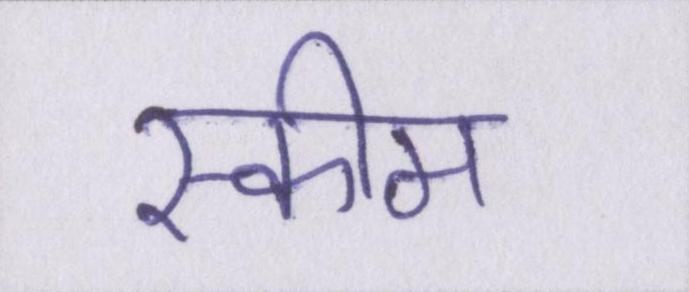
स्कीम